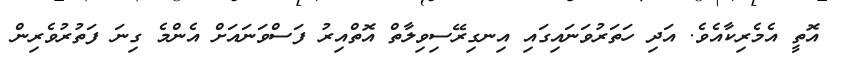
އޮތީ އެމެރިކާއެވެ. އަދި ހަތަރުވަނައިގައި އިނގިރޭސިވިލާތް އޮތްއިރު ފަސްވަނައަށް އެންމެ ގިނަ ފަތުރުވެރިން